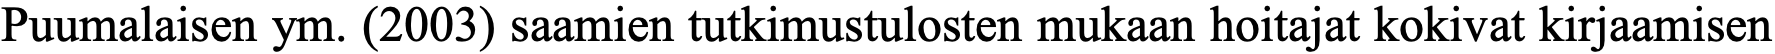
Puumalaisen ym. (2003) saamien tutkimustulosten mukaan hoitajat kokivat kirjaamisen